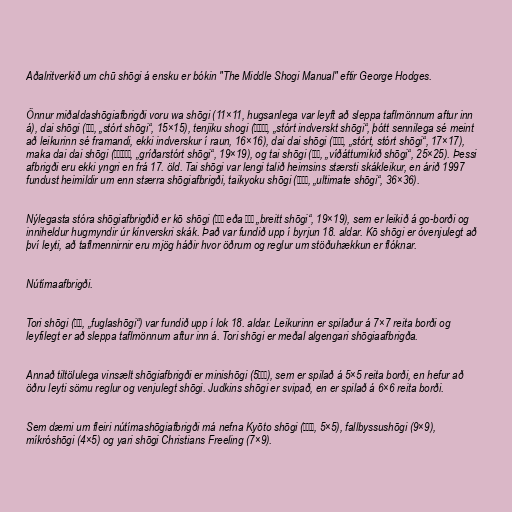
Aðalritverkið um chū shōgi á ensku er bókin "The Middle Shogi Manual" eftir George Hodges.

Önnur miðaldashōgiafbrigði voru wa shōgi (11×11, hugsanlega var leyft að sleppa taflmönnum aftur inn
á), dai shōgi (大将棋, „stórt shōgi“, 15×15), tenjiku shogi (天竺大将棋, „stórt indverskt shōgi“, þótt sennilega sé meint
að leikurinn sé framandi, ekki indverskur í raun, 16×16), dai dai shōgi (大大将棋, „stórt, stórt shōgi“, 17×17),
maka dai dai shōgi (摩訶大大将棋, „gríðarstórt shōgi“, 19×19), og tai shōgi (泰将棋, „víðáttumikið shōgi“, 25×25). Þessi
afbrigði eru ekki yngri en frá 17. öld. Tai shōgi var lengi talið heimsins stærsti skákleikur, en árið 1997
fundust heimildir um enn stærra shōgiafbrigði, taikyoku shōgi (大局将棋, „ultimate shōgi“, 36×36).

Nýlegasta stóra shōgiafbrigðið er kō shōgi (廣将棋 eða 廣象棋 „breitt shōgi“, 19×19), sem er leikið á go-borði og
inniheldur hugmyndir úr kínverskri skák. Það var fundið upp í byrjun 18. aldar. Kō shōgi er óvenjulegt að
því leyti, að taflmennirnir eru mjög háðir hvor öðrum og reglur um stöðuhækkun er flóknar.

Nútímaafbrigði.

Tori shōgi (禽将棋, „fuglashōgi“) var fundið upp í lok 18. aldar. Leikurinn er spilaður á 7×7 reita borði og
leyfilegt er að sleppa taflmönnum aftur inn á. Tori shōgi er meðal algengari shōgiaafbrigða.

Annað tiltölulega vinsælt shōgiafbrigði er minishōgi (5五将棋), sem er spilað á 5×5 reita borði, en hefur að
öðru leyti sömu reglur og venjulegt shōgi. Judkins shōgi er svipað, en er spilað á 6×6 reita borði.

Sem dæmi um fleiri nútímashōgiafbrigði má nefna Kyōto shōgi (京都将棋, 5×5), fallbyssushōgi (9×9),
míkróshōgi (4×5) og yari shōgi Christians Freeling (7×9).